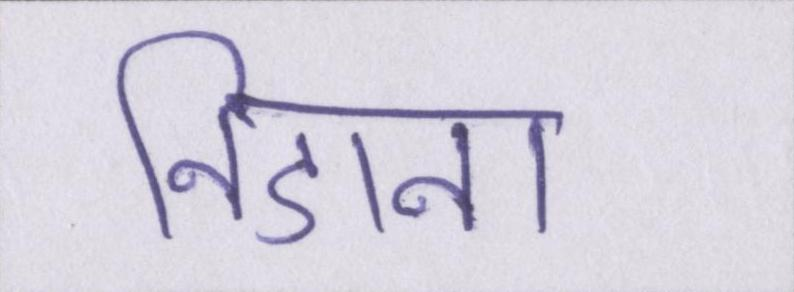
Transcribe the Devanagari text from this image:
निडाना